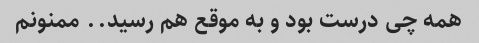
همه چی درست بود و به موقع هم رسید‌.. ممنونم